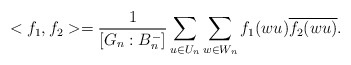
\begin{align*} <f_1, f_2>=\frac{1}{[G_n:B_{n}^{-}]}\sum_{u\in U_n}\sum_{w\in W_n}f_1(wu)\overline{f_2(wu)}.\end{align*}